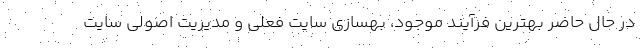
در حال حاضر بهترین فرآیند موجود، بهسازی سایت فعلی و مدیریت اصولی سایت